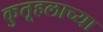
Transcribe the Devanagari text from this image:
कुतूहलाच्या